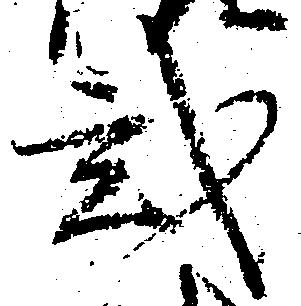
弐